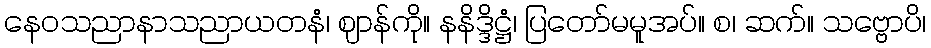
နေဝသညာနာသညာယတနံ၊ ဈာန်ကို။ နနိဒ္ဒိဋ္ဌံ၊ ပြတော်မမူအပ်။ စ၊ ဆက်။ သဗ္ဗောပိ၊